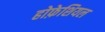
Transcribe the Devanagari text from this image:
होफ़ेशियल